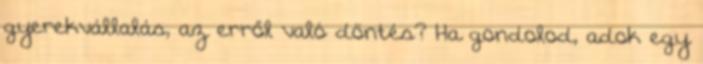
gyerekvállalás, az erről való döntés? Ha gondolod, adok egy